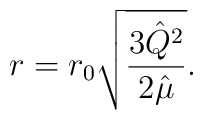
r=r_0 \sqrt{\frac{3 {\hat Q}^2}{2{\hat \mu}}}.